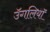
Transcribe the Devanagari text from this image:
उॅगलियाॅ